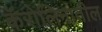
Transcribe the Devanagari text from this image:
कॅरोलिनातील